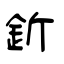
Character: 釿